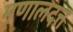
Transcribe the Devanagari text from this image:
मृणालदत्त